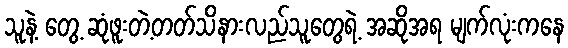
သူနဲ့ တွေ့ ဆုံဖူးတဲ့တတ်သိနားလည်သူတွေရဲ့ အဆိုအရ မျက်လုံးကနေ